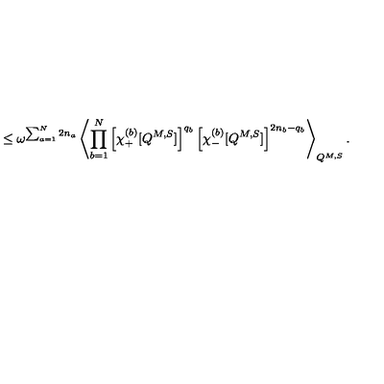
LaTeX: \leq \omega ^ { \sum _ { a = 1 } ^ { N } 2 n _ { a } } \left\langle \prod _ { b = 1 } ^ { N } \left[ \chi _ { + } ^ { ( b ) } [ Q ^ { M , S } ] \right] ^ { q _ { b } } \left[ \chi _ { - } ^ { ( b ) } [ Q ^ { M , S } ] \right] ^ { 2 n _ { b } - q _ { b } } \right\rangle _ { Q ^ { M , S } } .